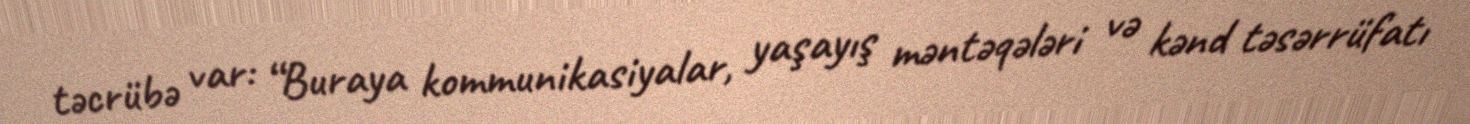
təcrübə var: “Buraya kommunikasiyalar, yaşayış məntəqələri və kənd təsərrüfatı